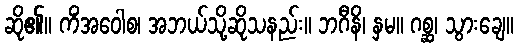
ဆို၏။ ကိံအဝေါစ၊ အဘယ်သို့ဆိုသနည်း။ ဘဂီနိ၊ နှမ။ ဂစ္ဆ၊ သွားချေ။